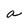
Character: a